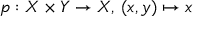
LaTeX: p : X \times Y \to X , \, ( x , y ) \mapsto x